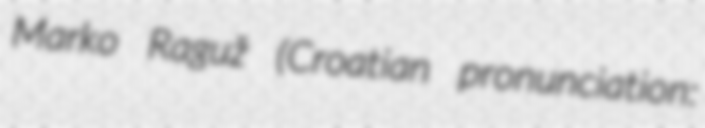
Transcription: Marko Raguž (Croatian pronunciation: